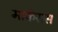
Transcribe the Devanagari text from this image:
मार्कंसस